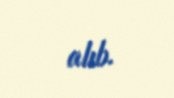
alıb.